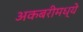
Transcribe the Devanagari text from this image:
अकबरीमध्ये